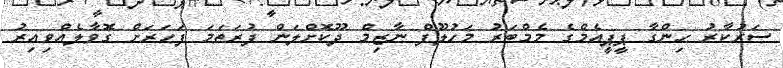
ސަރުކާރު ހިންގާ ޕީޕީއެމްގެ މެމްބަރު މަހުލޫފް ނާޒިމް ދޫކޮށްލަން ފުރަތަމަ ފަހަރަށް ގޮވާލެއްވިއިރު